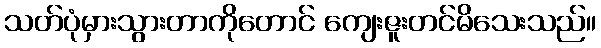
သတ်ပုံမှားသွားတာကိုတောင် ကျေးဇူးတင်မိသေးသည်။